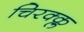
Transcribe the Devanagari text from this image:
चिरक्क्ल